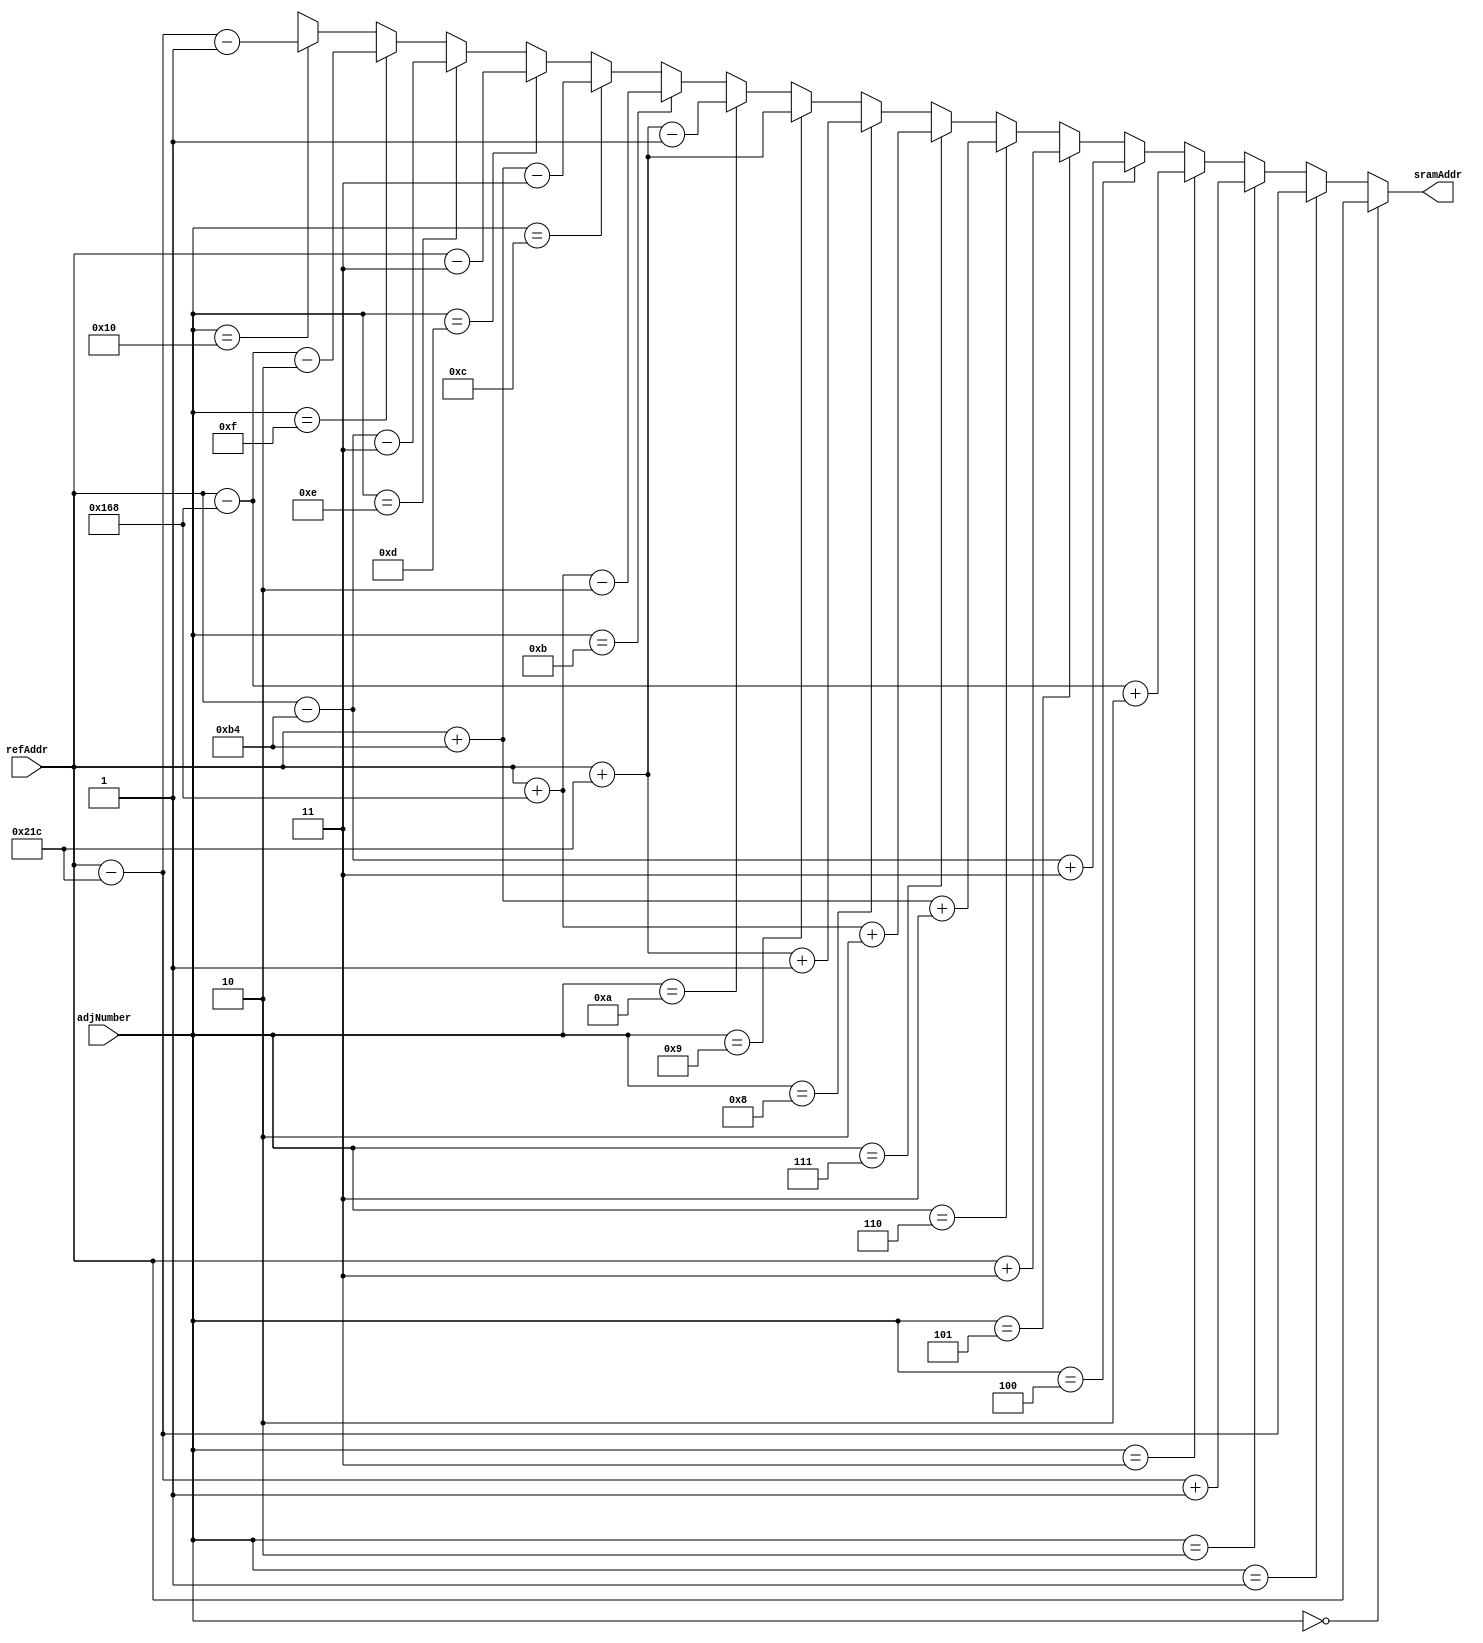
`define COLUMNS 8'd180
`define ROWS 8'd120

module FD_AddrCal (refAddr, adjNumber, sramAddr);
	input [14:0] refAddr; // 
	input [4:0] adjNumber; //  16 
	output [14:0] sramAddr; // SRAM Input 
	
	assign sramAddr =
		(adjNumber == 5'd0) ? refAddr : //  
		(adjNumber == 5'd1) ? refAddr - (3 * `COLUMNS) : // 1
		(adjNumber == 5'd2) ? refAddr - (3 * `COLUMNS) + 1 : // 2
		(adjNumber == 5'd3) ? refAddr - (2 * `COLUMNS) + 2 : // 3
		(adjNumber == 5'd4) ? refAddr - (1 * `COLUMNS) + 3 : // 4
		(adjNumber == 5'd5) ? refAddr + 3 : // 5
		(adjNumber == 5'd6) ? refAddr + (1 * `COLUMNS) + 3 : // 6
		(adjNumber == 5'd7) ? refAddr + (2 * `COLUMNS) + 2 : // 7
		(adjNumber == 5'd8) ? refAddr + (3 * `COLUMNS) + 1 : // 8
		(adjNumber == 5'd9) ? refAddr + (3 * `COLUMNS) : // 9
		(adjNumber == 5'd10) ? refAddr + (3 * `COLUMNS) - 1 : // 10
		(adjNumber == 5'd11) ? refAddr + (2 * `COLUMNS) - 2 : // 11
		(adjNumber == 5'd12) ? refAddr + (1 * `COLUMNS) - 3 : // 12
		(adjNumber == 5'd13) ? refAddr - 3 : // 13
		(adjNumber == 5'd14) ? refAddr - (1 * `COLUMNS) - 3 : // 14
		(adjNumber == 5'd15) ? refAddr - (2 * `COLUMNS) - 2 : // 15
		(adjNumber == 5'd16) ? refAddr - (3 * `COLUMNS) - 1 : 15'bx; // 16
endmodule